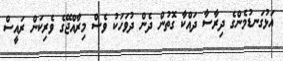
އަޅުގަނޑުމެންގެ ދިރާސާ ދައްކާ ގޮތުން ދެން ދުވަހަކު ވެސް މިރާއްޖޭގެ ވެރިކަން ރައީސް